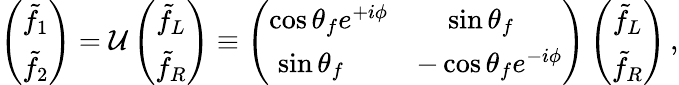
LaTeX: \left(\begin{array}{c}{{\tilde{f}_{1}}}\\ {{\tilde{f}_{2}}}\end{array}\right)=\mathcal{U}\left(\begin{array}{c}{{\tilde{f}_{L}}}\\ {{\tilde{f}_{R}}}\end{array}\right)\equiv\left(\begin{array}{cc}{{\cos\theta_{f}e^{+i\phi}}}&{{\ \sin\theta_{f}\ \ \ \ }}\\ {{\sin\theta_{f}\ \ \ \ \ }}&{{-\cos\theta_{f}e^{-i\phi}}}\end{array}\right)\left(\begin{array}{c}{{\tilde{f}_{L}}}\\ {{\tilde{f}_{R}}}\end{array}\right)\, ,